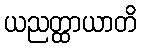
ယညတ္ထာယာတိ